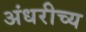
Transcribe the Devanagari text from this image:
अंधरीच्य